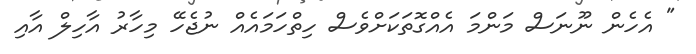
" އެހެން ނޫނަސް މަންމަ އެއްގޮތަކަށްވެސް ހިތްހަމައެއް ނުޖެހޭ މިހާރު އާހިލް އާއި